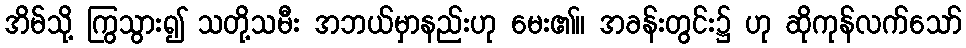
အိမ်သို့ ကြွသွား၍ သတို့သမီး အဘယ်မှာနည်းဟု မေး၏။ အခန်းတွင်း၌ ဟု ဆိုကုန်လက်သော်